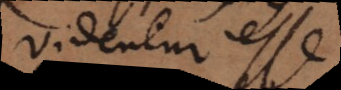
videntur esse